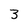
Character: 3